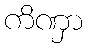
ကိဏှာ